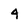
Character: 4